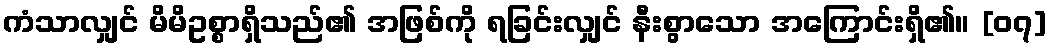
ကံသာလျှင် မိမိဥစ္စာရှိသည်၏ အဖြစ်ကို ရခြင်းလျှင် နီးစွာသော အကြောင်းရှိ၏။ [၀၇]